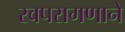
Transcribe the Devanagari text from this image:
स्वपरागणाने